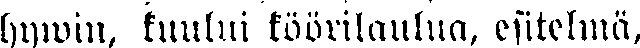
hywin, tuului köörilaulua, esitelmä,